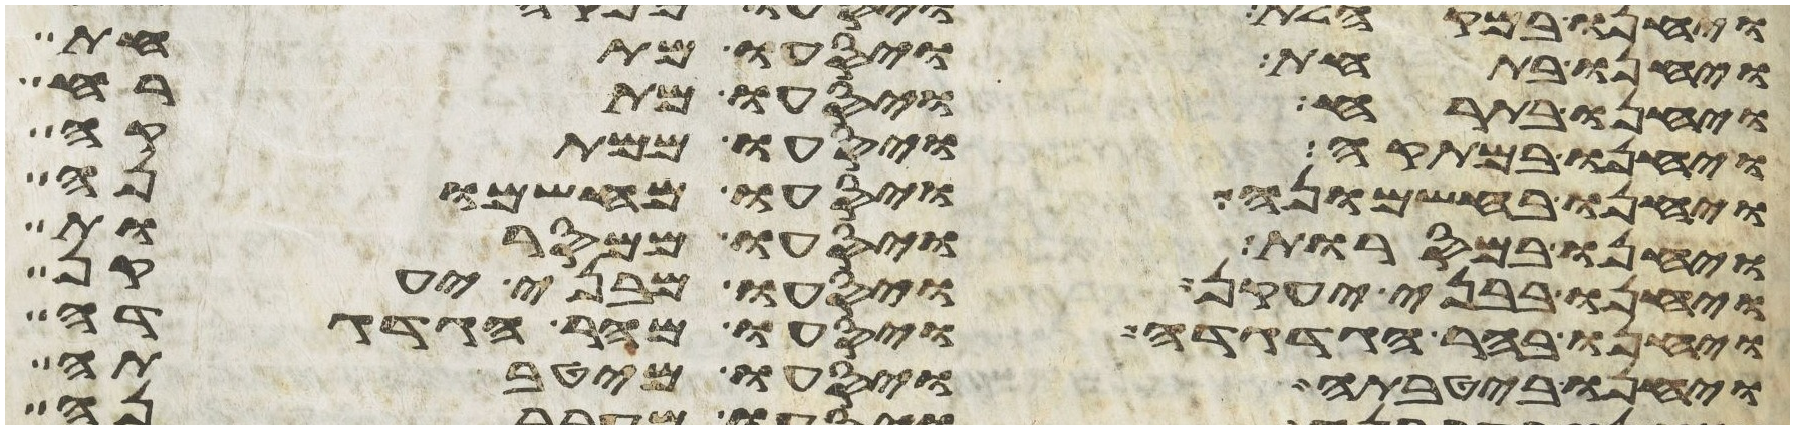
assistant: ויחנו בתחת ויסעו מתחת
ויחנו בתרח ויסעו מתרח
ויחנו במתקה ויסעו ממתקה
ויחנו בחשמונה ויסעו מחשמונה
ויחנו במסרות ויסעו ממסרות
ויחנו בבני יעקן ויסעו מבני יעקן
ויחנו בהר הגדגדה ויסעו מהר הגדגדה
ויחנו ביטבתה ויסעו מיטבתה